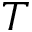
T